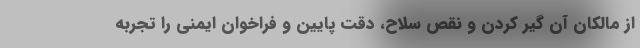
از مالکان آن گیر کردن و نقص سلاح، دقت پایین و فراخوان ایمنی را تجربه